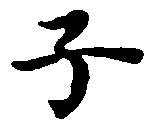
子